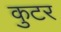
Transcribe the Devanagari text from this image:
कुटर